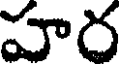
హర